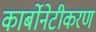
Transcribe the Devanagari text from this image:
कार्बोनेटीकरण